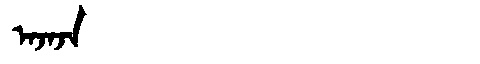
Manchu: ᠠᠵᠠᠵᠠ
Romanization: AJAJA